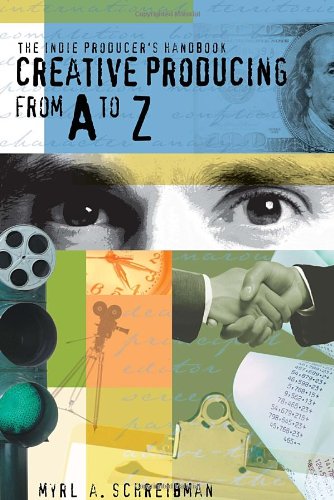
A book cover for Indie Producers Handbook : Creative Producing From A to Z; Myrl A. Schreibman; Humor & Entertainment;